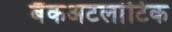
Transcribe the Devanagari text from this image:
बैंकअटलांटिक